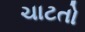
ચાટતો